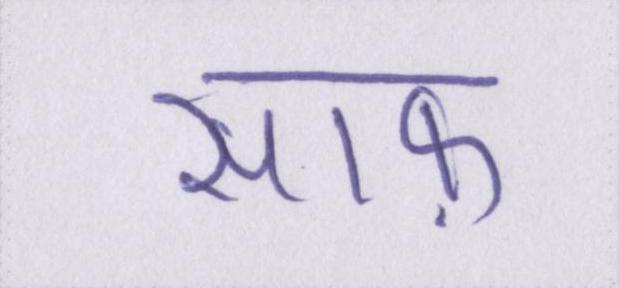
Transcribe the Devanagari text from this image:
साफ़